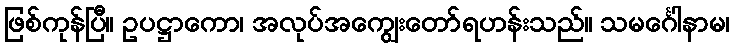
ဖြစ်ကုန်ပြီ။ ဥပဋ္ဌာကော၊ အလုပ်အကျွေးတော်ရဟန်းသည်။ သမင်္ဂေါနာမ၊